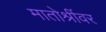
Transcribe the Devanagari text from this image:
मातोश्रींवर